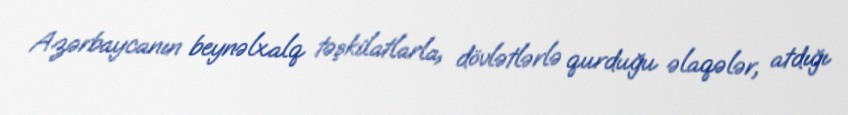
Azərbaycanın beynəlxalq təşkilatlarla, dövlətlərlə qurduğu əlaqələr, atdığı